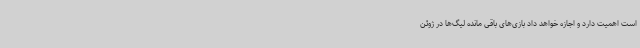
است اهمیت دارد و اجازه خواهد داد بازی‌های باقی مانده لیگ‌ها در ژوئن